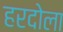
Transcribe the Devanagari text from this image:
हरदोला